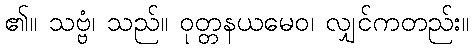
၏။ သဗ္ဗံ၊ သည်။ ဝုတ္တနယမေဝ၊ လျှင်ကတည်း။